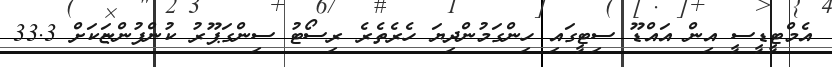
އެމްޓީޑީސީ އިން އައްޑޫ ސިޓީގައި ހިންގަމުންދިޔަ ހެރެތެރެ ރިސޯޓު ސިންގަޕޫރު ކުންފުންޏަކަށް 33.3